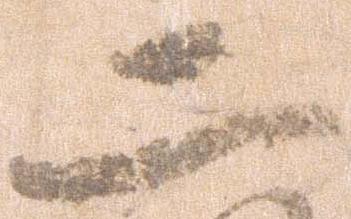
二